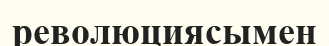
революциясымен